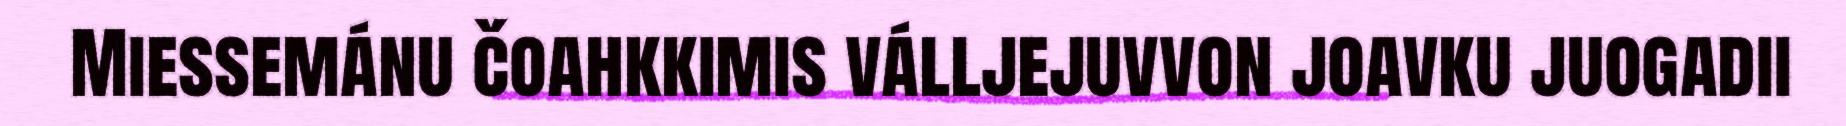
Miessemánu čoahkkimis válljejuvvon joavku juogadii